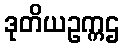
ဒုတိယဥက္ကဌ